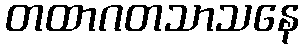
တထာဂတသာသနေ